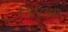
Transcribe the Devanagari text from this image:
डिएन्ए